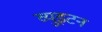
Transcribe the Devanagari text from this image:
व्युइटन